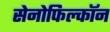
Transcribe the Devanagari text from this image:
सेनोफिल्कॉन